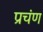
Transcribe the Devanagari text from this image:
प्रचंण